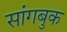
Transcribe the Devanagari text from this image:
सांगबुक